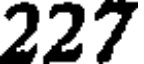
227